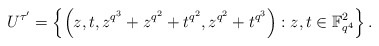
\begin{align*}U^{\tau'}= \left\{\left(z,t,z^{q^{3}}+z^{q^{2}}+t^{q^{2}},z^{q^{2}}+t^{q^{3}}\right) : z,t \in \mathbb{F}_{q^4}^2 \right\}.\end{align*}